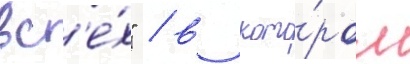
вс'е́х" / в кото́ром